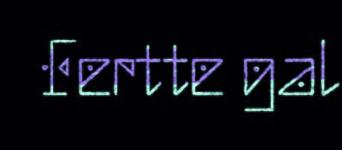
Fertte gal